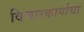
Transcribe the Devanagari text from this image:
विचारकार्याचा